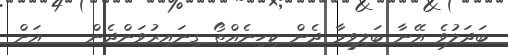
ބަދަލުވެ އޭނާ ބަލިވީމާ ދެން ކިހިނެއްތޯ ގިނައިރުވަންދެން    އަށް